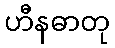
ဟီနဓာတု